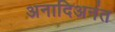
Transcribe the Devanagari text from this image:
अनादिअनंत